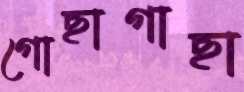
গোছাগাছা